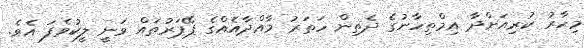
މިހާރު ކުރިއަށްދާ އިމްތިހާނުގެ ދެތިން ހަތަރު މާއްދާއެއްގެ ޕޭޕަރުތައް ވަނީ ލީކުވެފަ އެވެ.